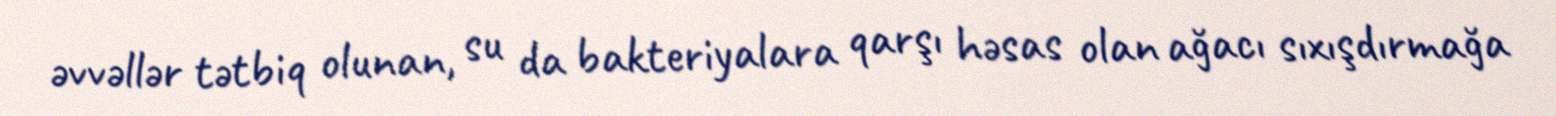
əvvəllər tətbiq olunan, su da bakteriyalara qarşı həsas olan ağacı sıxışdırmağa